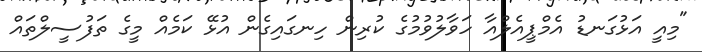
"މިއީ އަޅުގަނޑު އެމްޕީއެލްއާ ހަވާލުވުމުގެ ކުރިން ހިނގައިގެން އުޅޭ ކަމެއް މީގެ ތަފުސީލްތައް